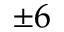
\pm 6